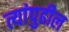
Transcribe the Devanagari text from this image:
त्यांपुढील